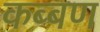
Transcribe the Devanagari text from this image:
कब्बण